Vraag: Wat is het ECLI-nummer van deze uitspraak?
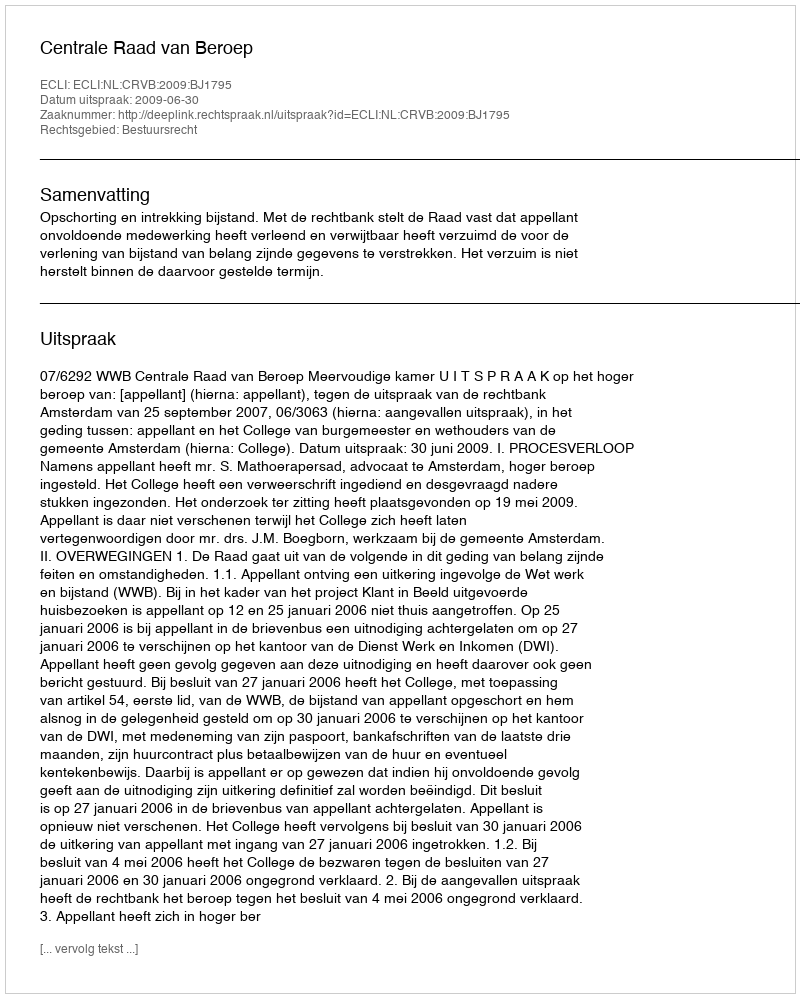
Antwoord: ECLI:NL:CRVB:2009:BJ1795